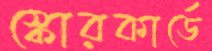
স্কোরকার্ডে